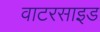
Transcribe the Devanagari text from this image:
वाटरसाइड